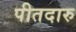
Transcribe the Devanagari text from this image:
पीतदारु